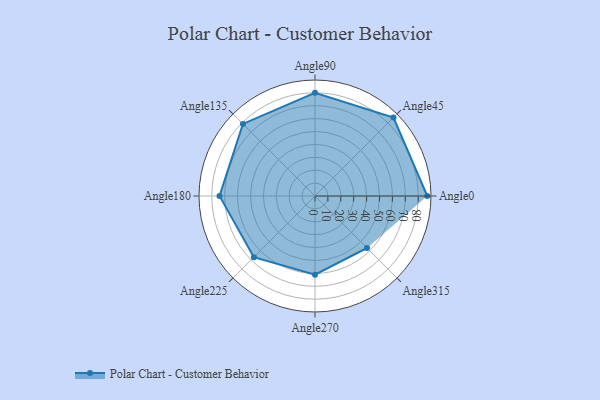
{"axis": {"x": "Angle", "y": "Radius"}, "legend": [""], "data": [{"x": "Angle0", "y": 87.0, "type": ""}, {"x": "Angle45", "y": 86.0, "type": ""}, {"x": "Angle90", "y": 80.0, "type": ""}, {"x": "Angle135", "y": 79.0, "type": ""}, {"x": "Angle180", "y": 74.0, "type": ""}, {"x": "Angle225", "y": 67.0, "type": ""}, {"x": "Angle270", "y": 61.0, "type": ""}, {"x": "Angle315", "y": 57.0, "type": ""}]}